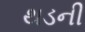
થડની